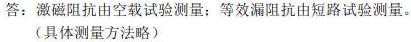
答：激磁阻抗由空载试验测量；等效漏阻抗由短路试验测量。
（具体测量方法略）